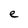
Character: e